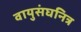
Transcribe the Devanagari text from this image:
वायुसंघनित्र